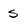
Character: s